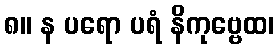
၈။ န ပရော ပရံ နိကုဗ္ဗေထ၊